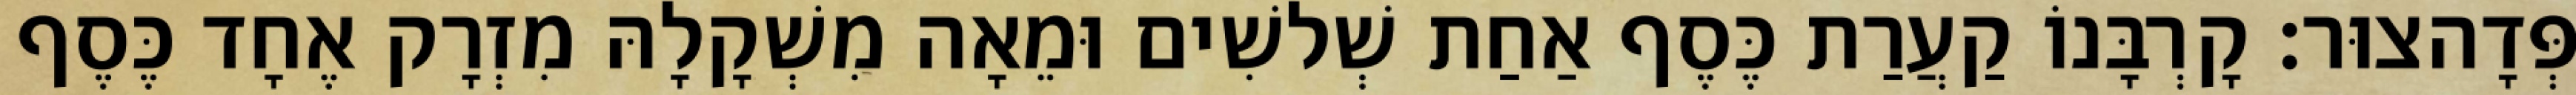
פְּדָהצוּר׃ קָרְבָּנוֹ קַעֲרַת כֶּסֶף אַחַת שְׁלשִׁים וּמֵאָה מִשְׁקָלָהּ מִזְרָק אֶחָד כֶּסֶף